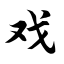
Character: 戏